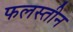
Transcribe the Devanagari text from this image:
फलस्तीन